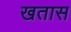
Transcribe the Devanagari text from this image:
खतास